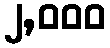
၂,၀၀၀